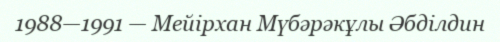
1988—1991 — Мейірхан Мүбәрәкұлы Әбділдин